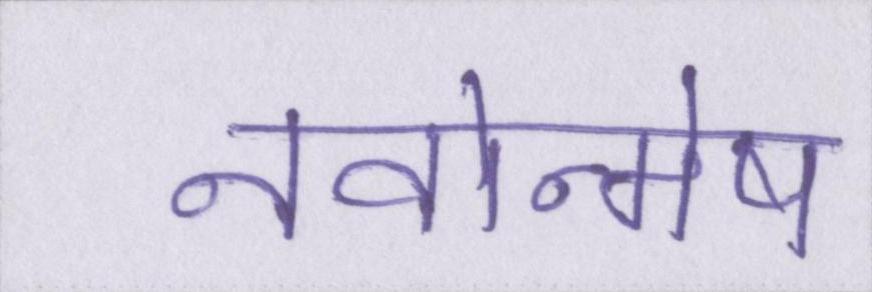
नवोन्मेष